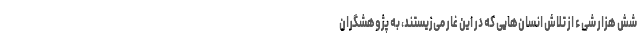
شش هزار شیء از تلاش انسان‌هایی که در این غار می‌زیستند، به پژوهشگران